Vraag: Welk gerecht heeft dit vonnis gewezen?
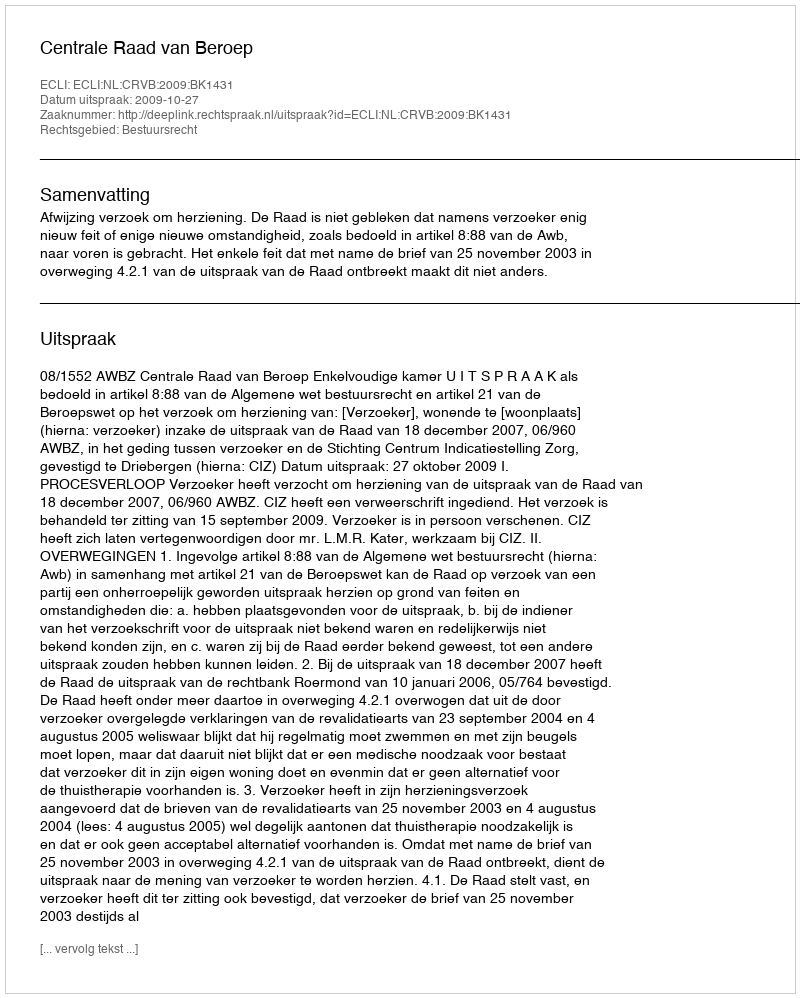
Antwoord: Centrale Raad van Beroep